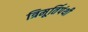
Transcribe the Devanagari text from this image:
त्रिमूर्तिपंथी